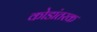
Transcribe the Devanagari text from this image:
कोडांतरक